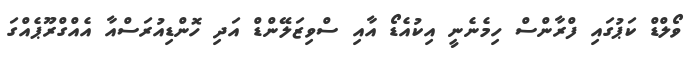
ވޯލްޑް ކަޕުގައި ފްރާންސް ހިމެނެނީ އިކުއެޑޯ އާއި ސްވިޒަލޭންޑް އަދި ހޮންޑިއުރަސްއާ އެއްގްރޫޕެއްގަ